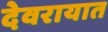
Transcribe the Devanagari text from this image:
देवरायात